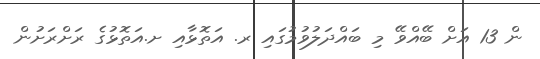
ން 13 އަށް ބޭއްވޭ މި ބައްދަލުވުމުގައި ރ. އަތޮޅާއި ށ.އަތޮޅުގެ ރަށްރަށުން